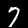
Digit: 7